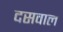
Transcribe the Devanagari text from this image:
दसवाल